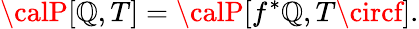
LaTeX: {\calP}[\mathbb{Q},T]={\calP}[f^{*}\mathbb{Q},T\circf].